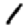
Digit: 1